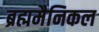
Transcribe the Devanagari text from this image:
ब्रह्ममैनिकल